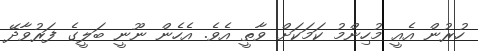
ހުރުން އެއީ މުހިންމު ކަމަކަށް ވާތީ އެވެ. އެހެން ނޫނީ ބަލީގެ ފަރުވާދޭ